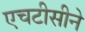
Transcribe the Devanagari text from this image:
एचटीसीने